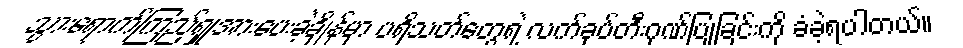
သွားရောက်ကြည့်ရှုအားပေးခဲ့ချိန်မှာ ပရိသတ်တွေရဲ့ လက်ခုပ်တီးဂုဏ်ပြုခြင်းကို ခံခဲ့ရပါတယ်။